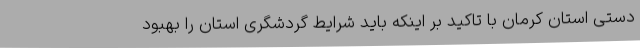
دستی استان کرمان با تاکید بر اینکه باید شرایط گردشگری استان را بهبود